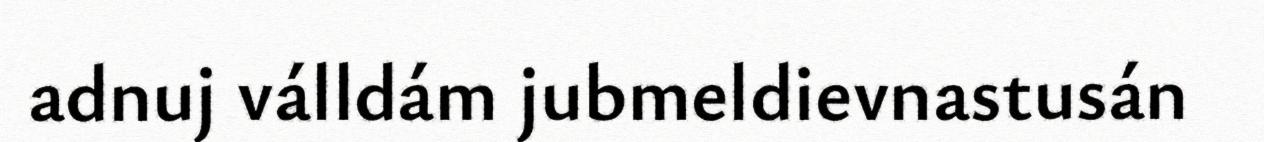
adnuj válldám jubmeldievnastusán